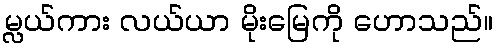
မ္လယ်ကား လယ်ယာ မိုးမြေကို ဟောသည်။